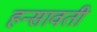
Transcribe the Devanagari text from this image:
हन्सावती